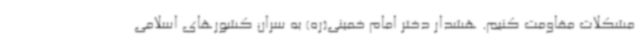
مشکلات مقاومت کنیم. هشدار دختر امام خمینی(ره) به سران کشورهای اسلامی